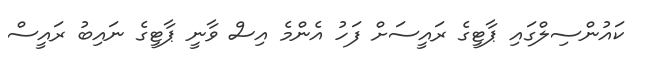
ކައުންސިލްގައި ޕާޓީގެ ރައީސަށް ފަހު އެންމެ އިސް ވާނީ ޕާޓީގެ ނައިބު ރައީސް